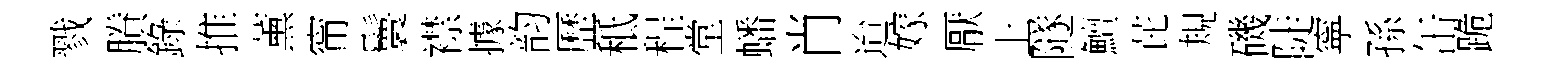
戮賸錄推薰甯鬟襟據韵歷秪程堂蟠肖迨嫁厭上隧鱣芘規磯陡寜孫缶跪